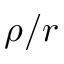
\rho / r